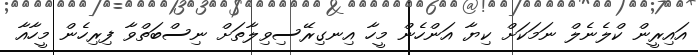
އައިރީން ކްލެނެލް ނަމަކަށް ކިޔާ އަންހެން މީހާ އިނގިރޭސިވިލާތަށް ނިސްބަތްވާ ފިރިހެން މީހާއާ